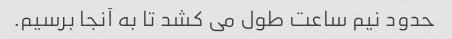
حدود نیم ساعت طول می کشد تا به آنجا برسیم.